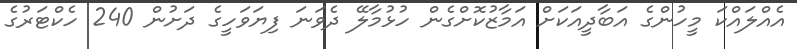
އެއްލައްކަ މީހުންގެ އަބާދީއަކަށް އަމާޒުކޮށްގެން ހުޅުމާލޭ ދެވަނަ ފިޔަވަހީގެ ދަށުން 240 ހެކްޓަރުގެ